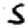
Digit: 5